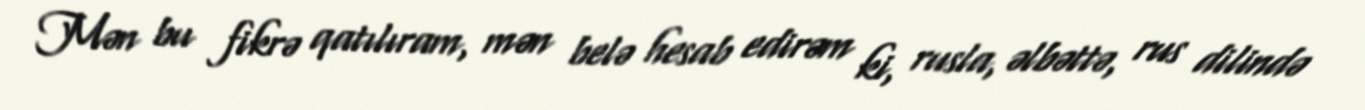
Mən bu fikrə qatılıram, mən belə hesab edirəm ki, rusla, əlbəttə, rus dilində